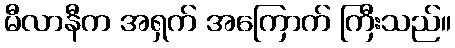
မီလာနီက အရှက် အကြောက် ကြီးသည်။